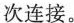
次连接。